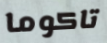
تاكوما